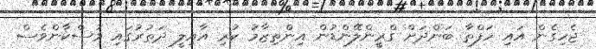
ޖެހިގެން އައި ހަފްތާ ބަންދަށް ގްރީންލޭންޑުން އިންތިޒާމު ކުރި އާއިލީ ދަތުރުގައި މުސްކާންވެސް